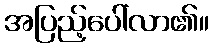
အပြည့်ပေါ်လာ၏။